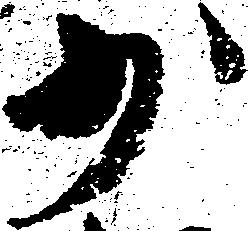
少